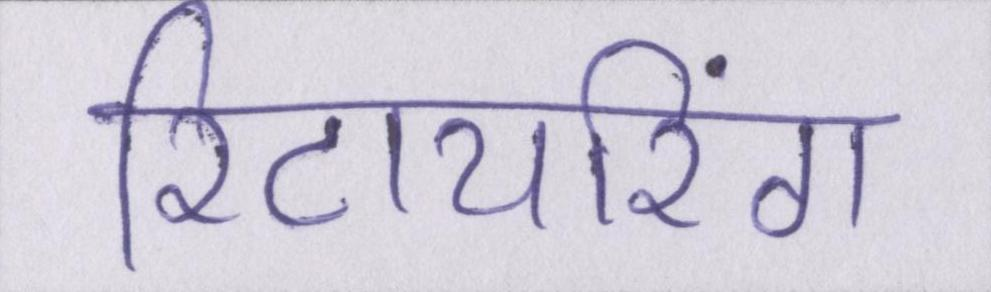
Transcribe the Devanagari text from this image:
रिटायरिंग